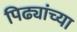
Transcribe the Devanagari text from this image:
पिढ्यांच्‍या